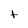
Character: t